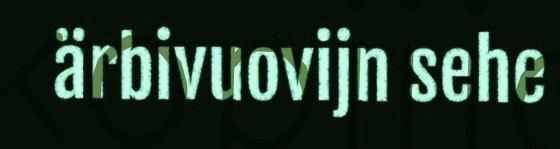
ärbivuovijn sehe